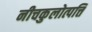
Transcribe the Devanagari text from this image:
नीचकुलोत्पत्ति